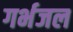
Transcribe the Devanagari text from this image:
गर्भजल